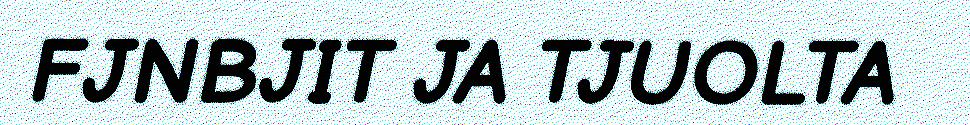
FJNBJIT JA TJUOLTA